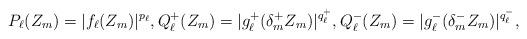
LaTeX: \begin{align*}P_\ell(Z_m)=|f_\ell(Z_m)|^{p_\ell},Q_\ell^+(Z_m)=|g_\ell^+(\delta_m^+Z_m)|^{q^+_\ell},Q_\ell^-(Z_m)=|g_\ell^-(\delta_m^-Z_m)|^{q^-_\ell},\end{align*}